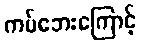
ကပ်ဘေးကြောင့်